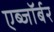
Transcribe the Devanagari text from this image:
एब्जॉर्बर